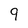
Character: 9